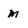
Character: m